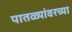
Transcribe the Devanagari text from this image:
पातळ्यांवरच्या